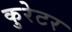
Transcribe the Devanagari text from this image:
कुरेटर